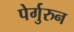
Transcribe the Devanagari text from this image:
पेर्गुरुन